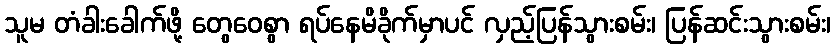
သူမ တံခါးခေါက်ဖို့ တွေဝေစွာ ရပ်နေမိခိုက်မှာပင် လှည့်ပြန်သွားစမ်း၊ ပြန်ဆင်းသွားစမ်း၊